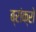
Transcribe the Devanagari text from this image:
ब्रांक्रो